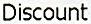
DISCOUNT